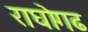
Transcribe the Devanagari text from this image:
राघोगढ